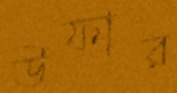
উফার